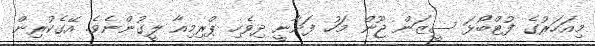
މިއަހަރުގެ ފުޓްބޯޅަ ސީޒަން ޖޫން މަހު ފަށާނީ ދިވެހި ޕްރިމިއާ ލީގުންނެވެ. އޭގެކުރިން